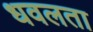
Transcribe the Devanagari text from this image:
धवलता